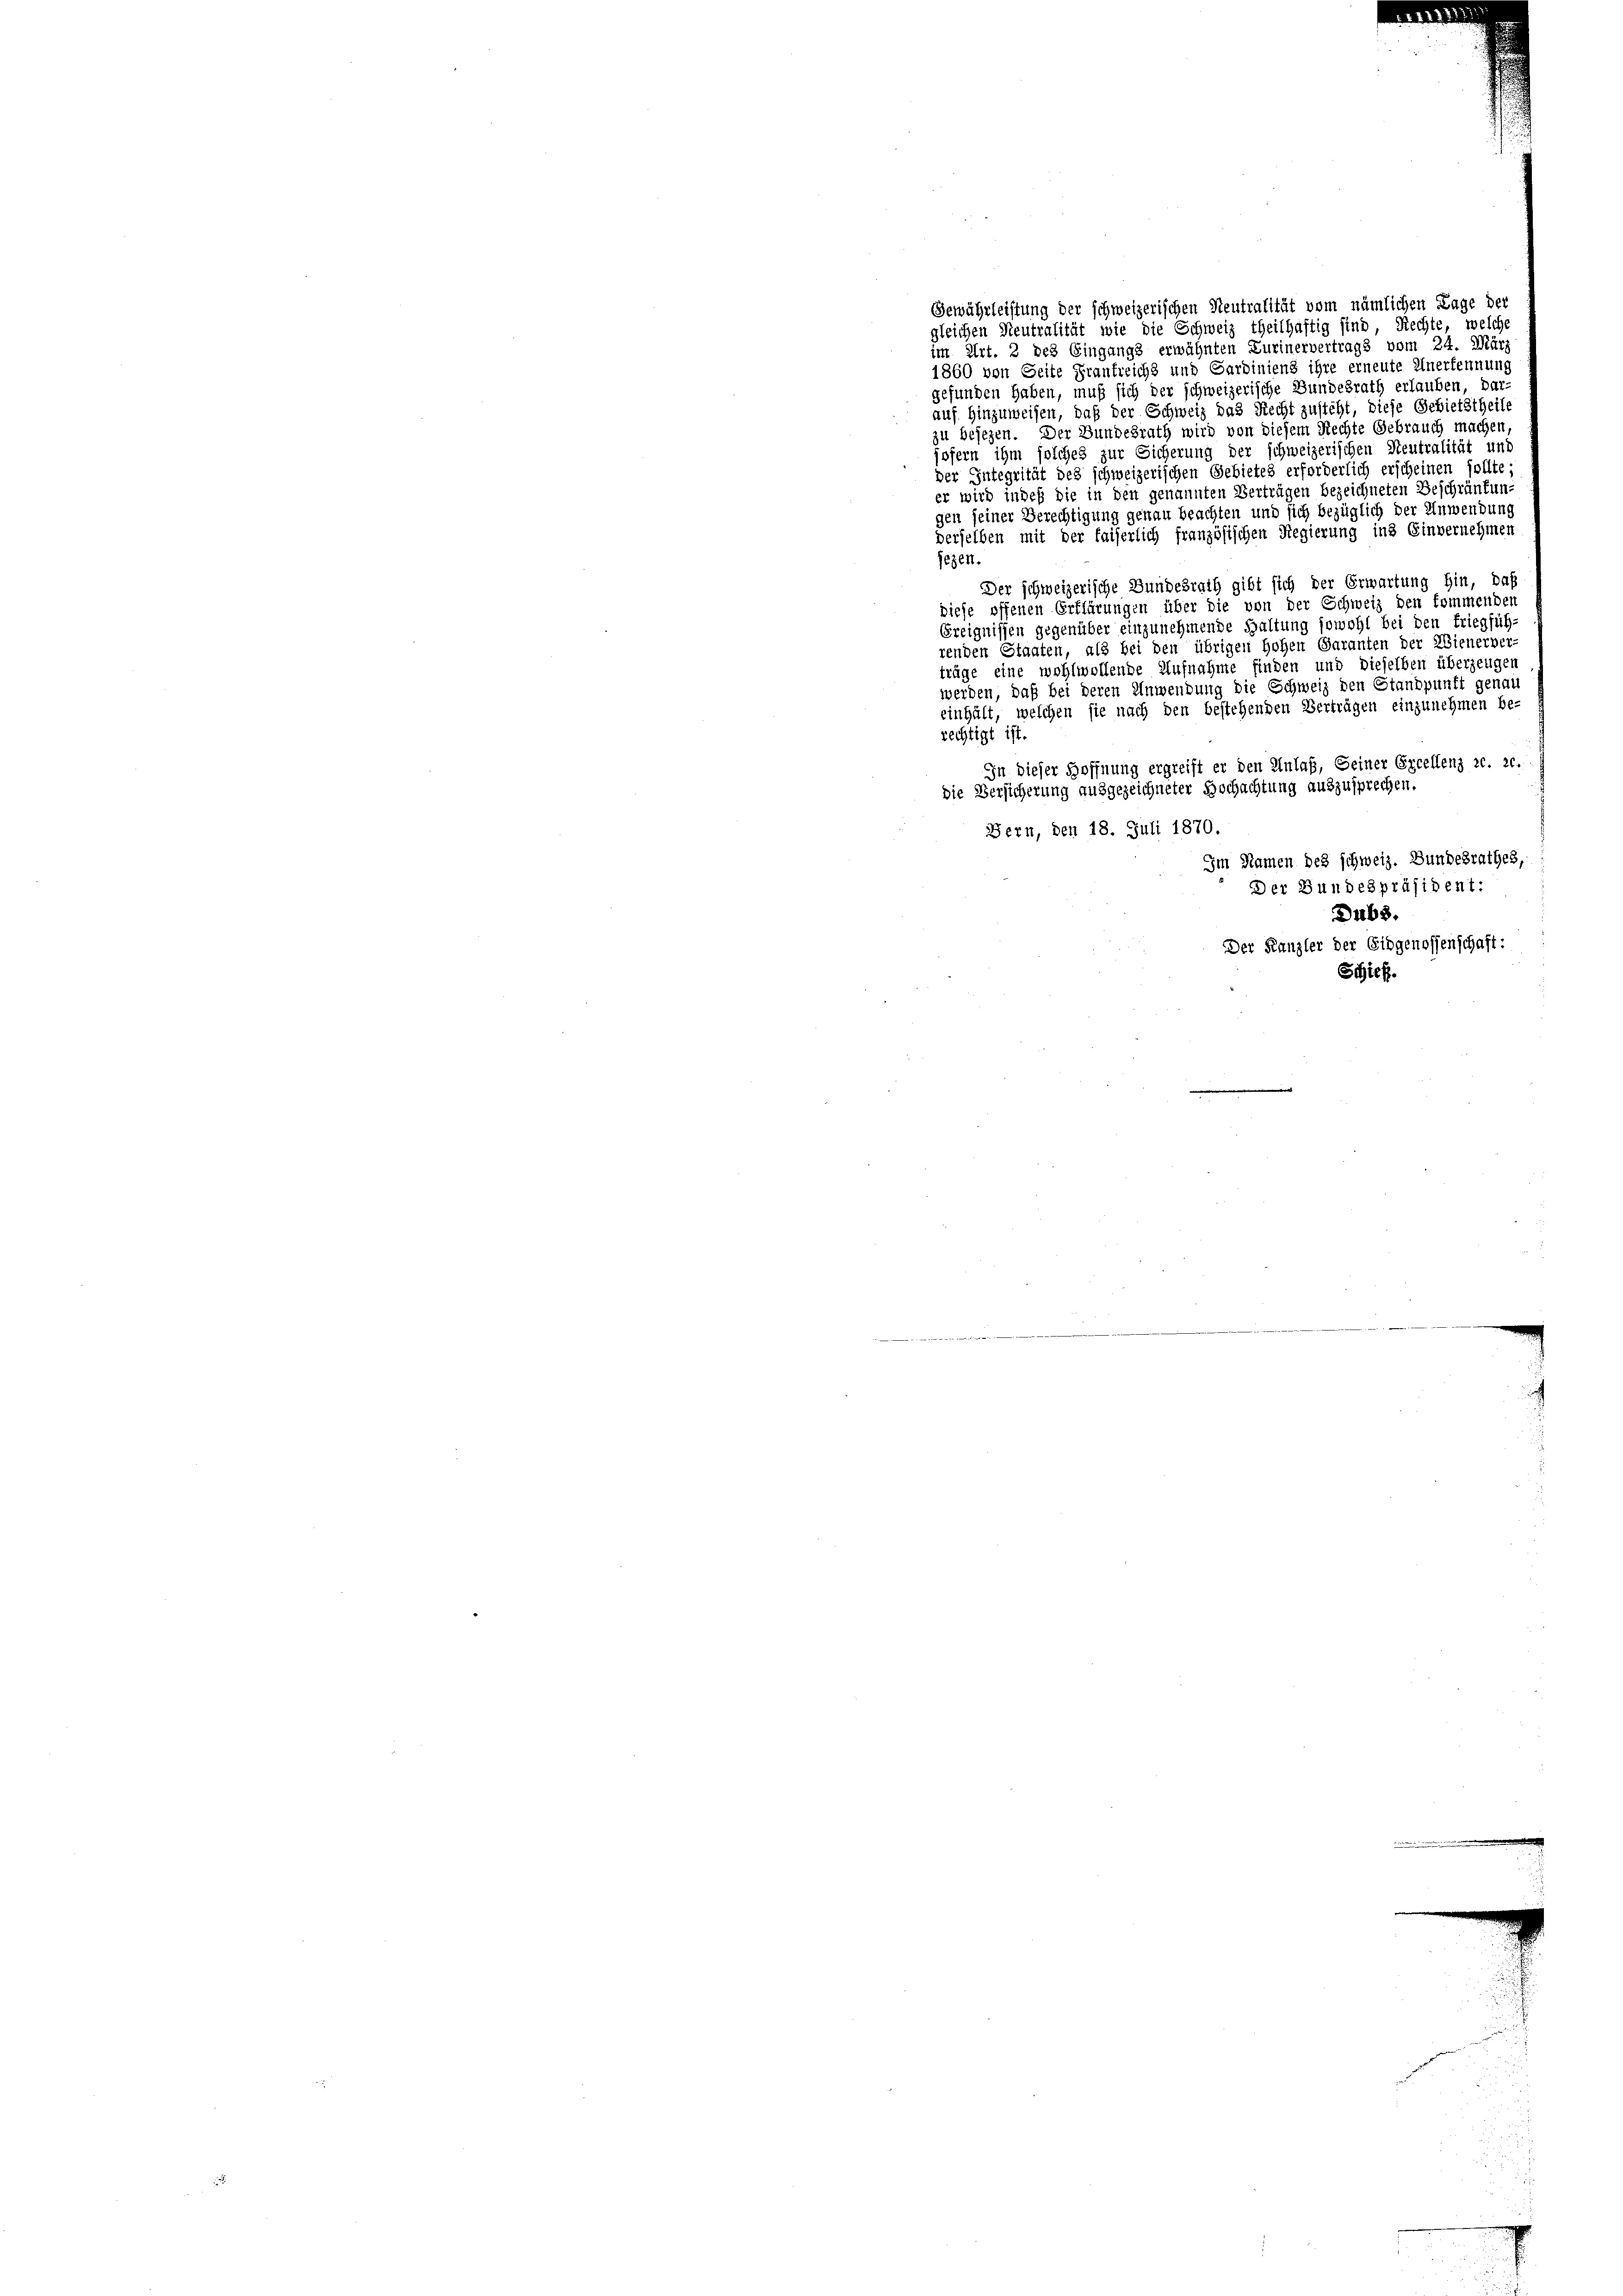
Gewährleistung der schweizerischen Neutralität vom nämlichen Tage der
gleichen Neutralität wie die Schweiz theilhaftig sind, Rechte, welche
im Art. 2 des Eingangs erwähnten Zurinervertrags vom 24. Mär
1860 von Seite Frantreichs und Sardiniens ihre erneute Anerkennung
gefunden haben, muß sich der schweizerische Bundesrath erlauben, dar-
auf hinzuweisen, daß der Schweiz das Recht zusteht, diese Gebietstheil
zu besezen. Der Bundesrath wird von diesem Rechte Gebrauch machen
sofern ihm solches zur Sicherung der schweizerischen Steutralität und
der Integrität des schweizerischen Gebietes erforderlich erscheinen sollte
er wird indeß die in den genannten Verträgen bezeichneten Beschränkungen seiner Berechtigung genau beachten und sich bezüglich der Anwendung
derselben mit der faiserlich französischen Regierung ins Einvernehmen
jezen.
Der schweizerische Bundesrath gibt sich der Erwartung hin, daß
diese offenen Erklärungen über die von der Schweiz den kommenden
Ereignissen gegenüber einzunehmende Haltung sowohl bei den Friegfüh-
renden Staaten, als bei den übrigen Hohen Garanten der Wienerber
träge eine wohlwollende Aufnahme finden und dieselben überzeugen
werden, daß bei deren Anwendung die Schweiz den Standpunft genau
einhält, welchen sie nach den bestehenden Verträgen einzunehmen be-
rechtigt ist
In dieser Hoffnung ergreift er den Anlaß, Seiner Excellenz ze. 20.
die Versicherung ausgezeichneter Hochachtung auszusprechen.
Bern, den 18. Juli 1870.
Im Namen des schweiz. Bundesrathes,
Der Bundespräsident:
Dubs.
Der Kanzler der Eidgenossenschaft:
Schick.